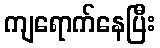
ကျရောက်နေပြီး